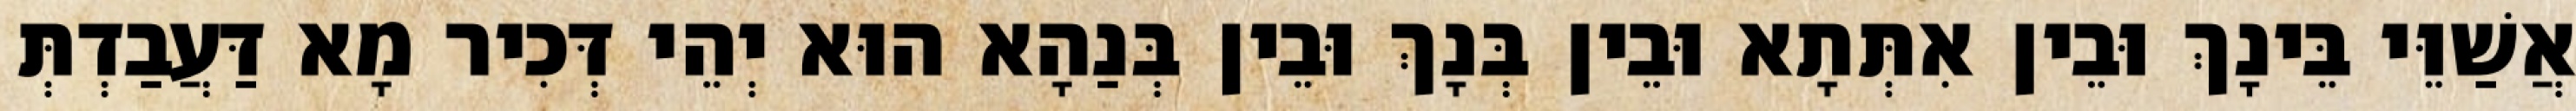
אֲשַׁוֵּי בֵּינָךְ וּבֵין אִתְּתָא וּבֵין בְּנָךְ וּבֵין בְּנַהָא הוּא יְהֵי דְּכִיר מָא דַּעֲבַדְתְּ